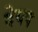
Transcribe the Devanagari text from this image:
देयप